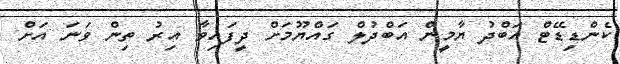
ކެންޑިޑޭޓް އަބްދު ޔާމީން އަބްދުލް ގައްޔޫމަށް ދީފައިވާ އިރު ތިން ވަނަ އަށް